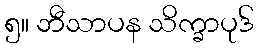
၅။ ဘီသာပန သိက္ခာပုဒ်